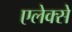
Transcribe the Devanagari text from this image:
एलेक्से